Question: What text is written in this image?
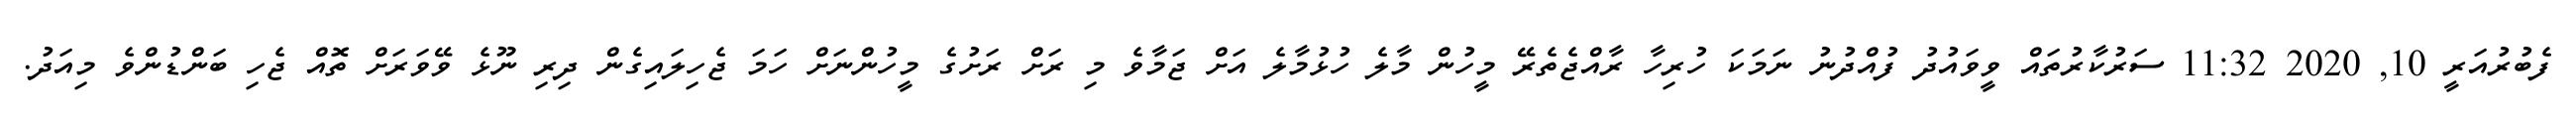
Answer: ފެބުރުއަރީ 10, 2020 11:32 ސަރުކާރުތައް ވީވައުދު ފުއްދުނު ނަމަކަ ހުރިހާ ރާއްޖެތެރޭ މީހުން މާލެ ހުޅުމާލެ އަށް ޖަމާވެ މި ރަށް ރަށުގެ މީހުންނަށް ހަމަ ޖެހިލައިގެން ދިރި ނޫޅެ ވޭވަރަށް ތޮއް ޖެހި ބަންޑުންވެ މިއަދު.